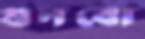
গুনবো